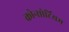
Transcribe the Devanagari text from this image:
कोन्सोर्टियम